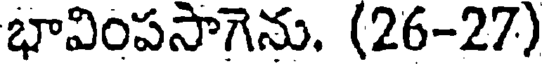
భావింపసాగెను. (26-27)